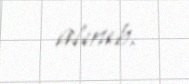
alınıb.